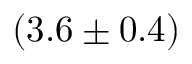
( 3 . 6 \pm 0 . 4 ) \